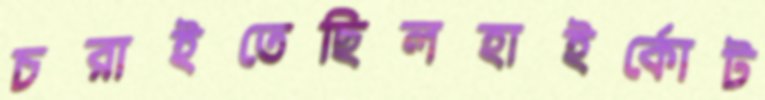
চরাইতেছিলহাইর্কোট